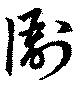
衙